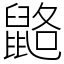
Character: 䶅